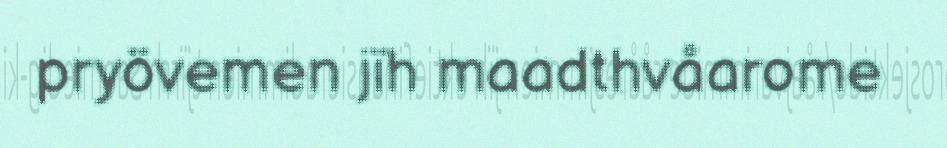
pryövemen jïh maadthvåarome